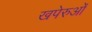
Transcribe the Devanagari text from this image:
खपेरुओं